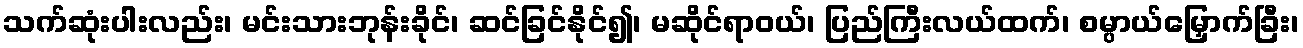
သက်ဆုံးပါးလည်း၊ မင်းသားဘုန်းခိုင်၊ ဆင်ခြင်နိုင်၍၊ မဆိုင်ရာဝယ်၊ ပြည်ကြီးလယ်ထက်၊ စမ္ပာယ်မြှောက်ခြီး၊